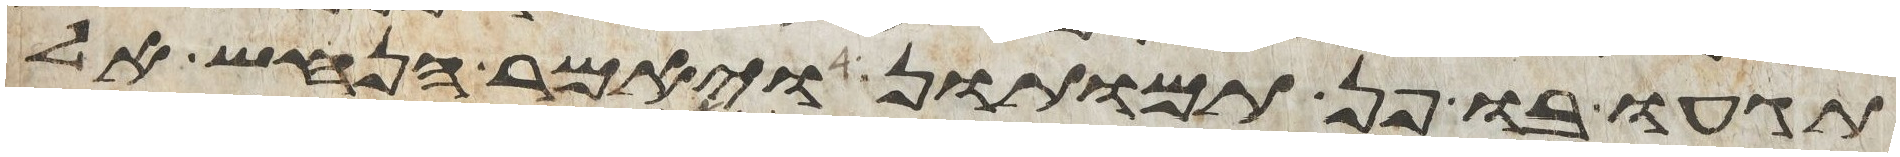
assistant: תגעו בו פן תמותון ויאמר הנחש אל